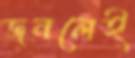
জনলেই